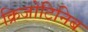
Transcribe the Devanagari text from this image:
क्रिजोटिनिब